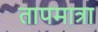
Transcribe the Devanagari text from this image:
तापमात्रा